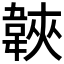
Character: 𩎱